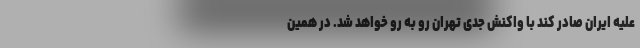
علیه ایران صادر کند با واکنش جدی تهران رو به رو خواهد شد. در همین